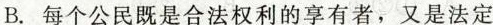
B. 每个公民既是合法权利的享有者，又是法定